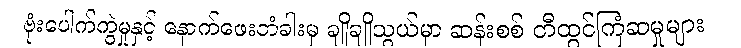
ဗုံးပေါက်ကွဲမှုနှင့် နောက်ဖေးတံခါးမှ ချိုချိုသွယ်မှာ ဆန်းစစ် တီထွင်ကြံဆမှုများ